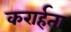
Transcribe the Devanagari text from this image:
करार्हता